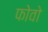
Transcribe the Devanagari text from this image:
फोवो